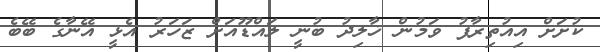
ކުށަށް އިއުތިރާފު ވަމުން ޚާލިދު ބުނީ ލައްޑޫއަށް ޒަހަރު އެޅީ އޭނާގެ ބޭބެ